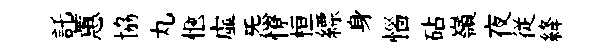
託蕙協丸愜虛炁憭桓縹身惱砧嶺夜従絳